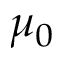
\mu _ { 0 }